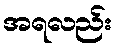
အရလည်း